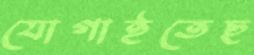
যোগাইতেছ